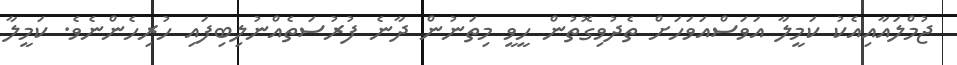
ޖުމްލައާއިއެކު ކަމީލާ އަވަސްއަވަހަށް ތެދުވިގޮތުން ހީވީ މިތަނުން ދާނެ ފުރުސަތެއްނުލިބިފައި ހުރިހެންނެވެ. ކަމީލާ